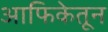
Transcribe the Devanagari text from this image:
आफिकेतून